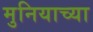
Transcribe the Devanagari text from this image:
मुनियाच्या